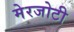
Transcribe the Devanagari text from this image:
मेरजोटी